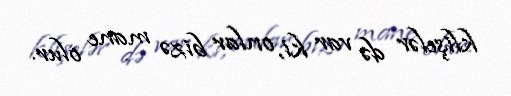
klişelər də var ki, onlar bizə mane olur.